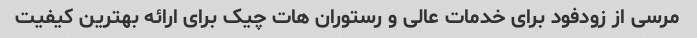
مرسی از زودفود برای خدمات عالی و رستوران هات چیک برای ارائه بهترین کیفیت